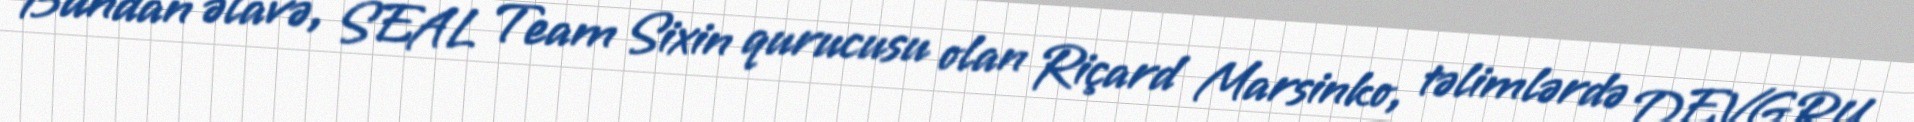
Bundan əlavə, SEAL Team Sixin qurucusu olan Riçard Marsinko, təlimlərdə DEVGRU